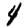
Digit: 4